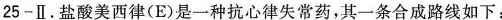
25-Ⅱ。盐酸美西律(E)是一种抗心律失常药，其一条合成路线如下：